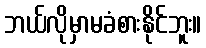
ဘယ်လိုမှာမခံစားနိုင်ဘူး။